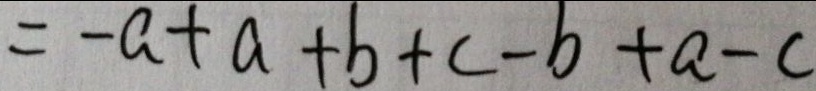
= - a + a + b + c - b + a - c